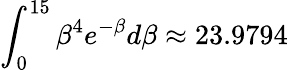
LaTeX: \int_{0}^{15}{{\beta^{4}}{e^{-\beta}}d\beta\approx\mathrm{{23}}\mathrm{{.9794}}}